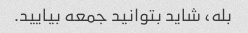
بله، شاید بتوانید جمعه بیایید.